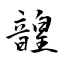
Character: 韹